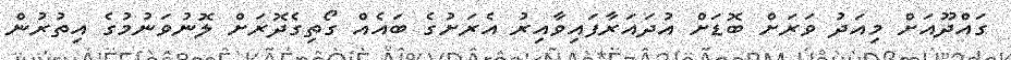
ގައްދޫއަށް މިއަދު ވަރަށް ބޮޑަށް އުދައަރާފައިވާއިރު އެރަށުގެ ބައެއް ގޯތިގެދޮރަށް ލޮނުވަނުމުގެ އިތުރުން